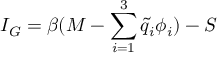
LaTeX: I _ { G } = \beta ( M - \sum _ { i = 1 } ^ { 3 } { \tilde { q } } _ { i } \phi _ { i } ) - S